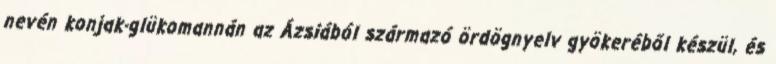
nevén konjak-glükomannán az Ázsiából származó ördögnyelv gyökeréből készül, és